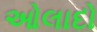
ઓલાદો